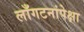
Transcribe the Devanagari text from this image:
लाँगटनांपेक्षा